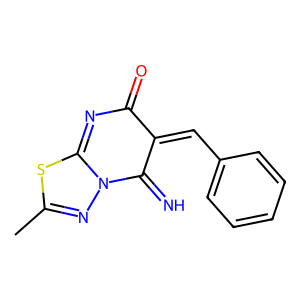
SMILES: CC1=NN2C(=N)C(=Cc3ccccc3)C(=O)N=C2S1
Inhibits HIV replication: No